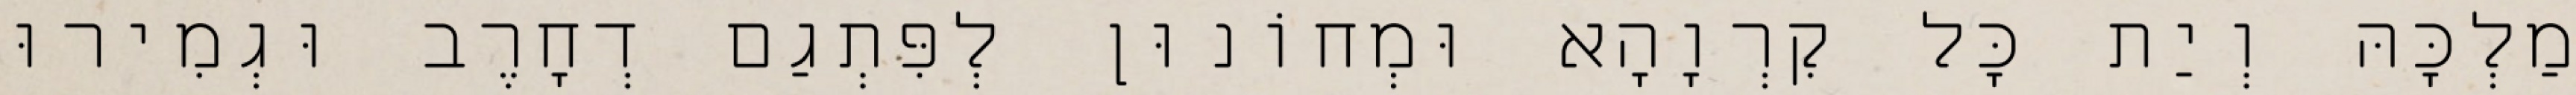
מַלְכָּהּ וְיַת כָּל קִרְוָהָא וּמְחוֹנוּן לְפִּתְגַם דְחָרֶב וּגְמִירוּ